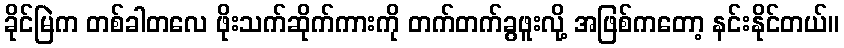
ခိုင်မြဲက တစ်ခါတလေ ဖိုးသက်ဆိုက်ကားကို တက်တက်ခွဖူးလို့ အဖြစ်ကတော့ နင်းနိုင်တယ်။